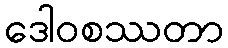
ဒေါဝစဿတာ